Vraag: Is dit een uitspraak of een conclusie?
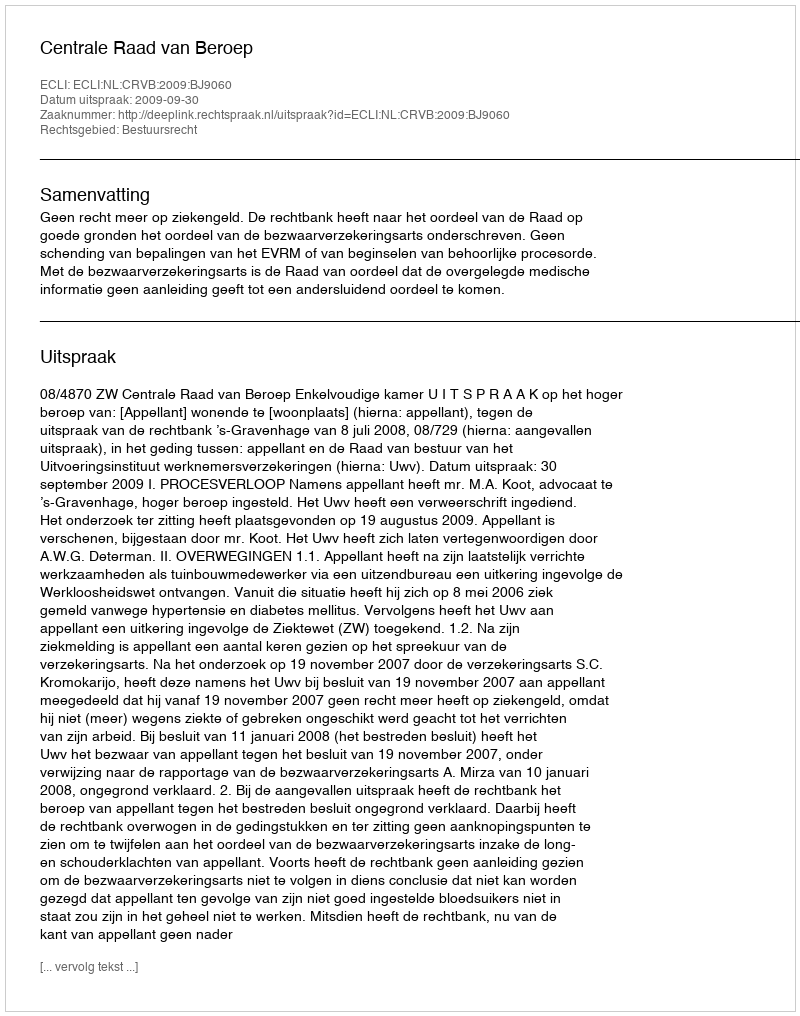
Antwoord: Uitspraak